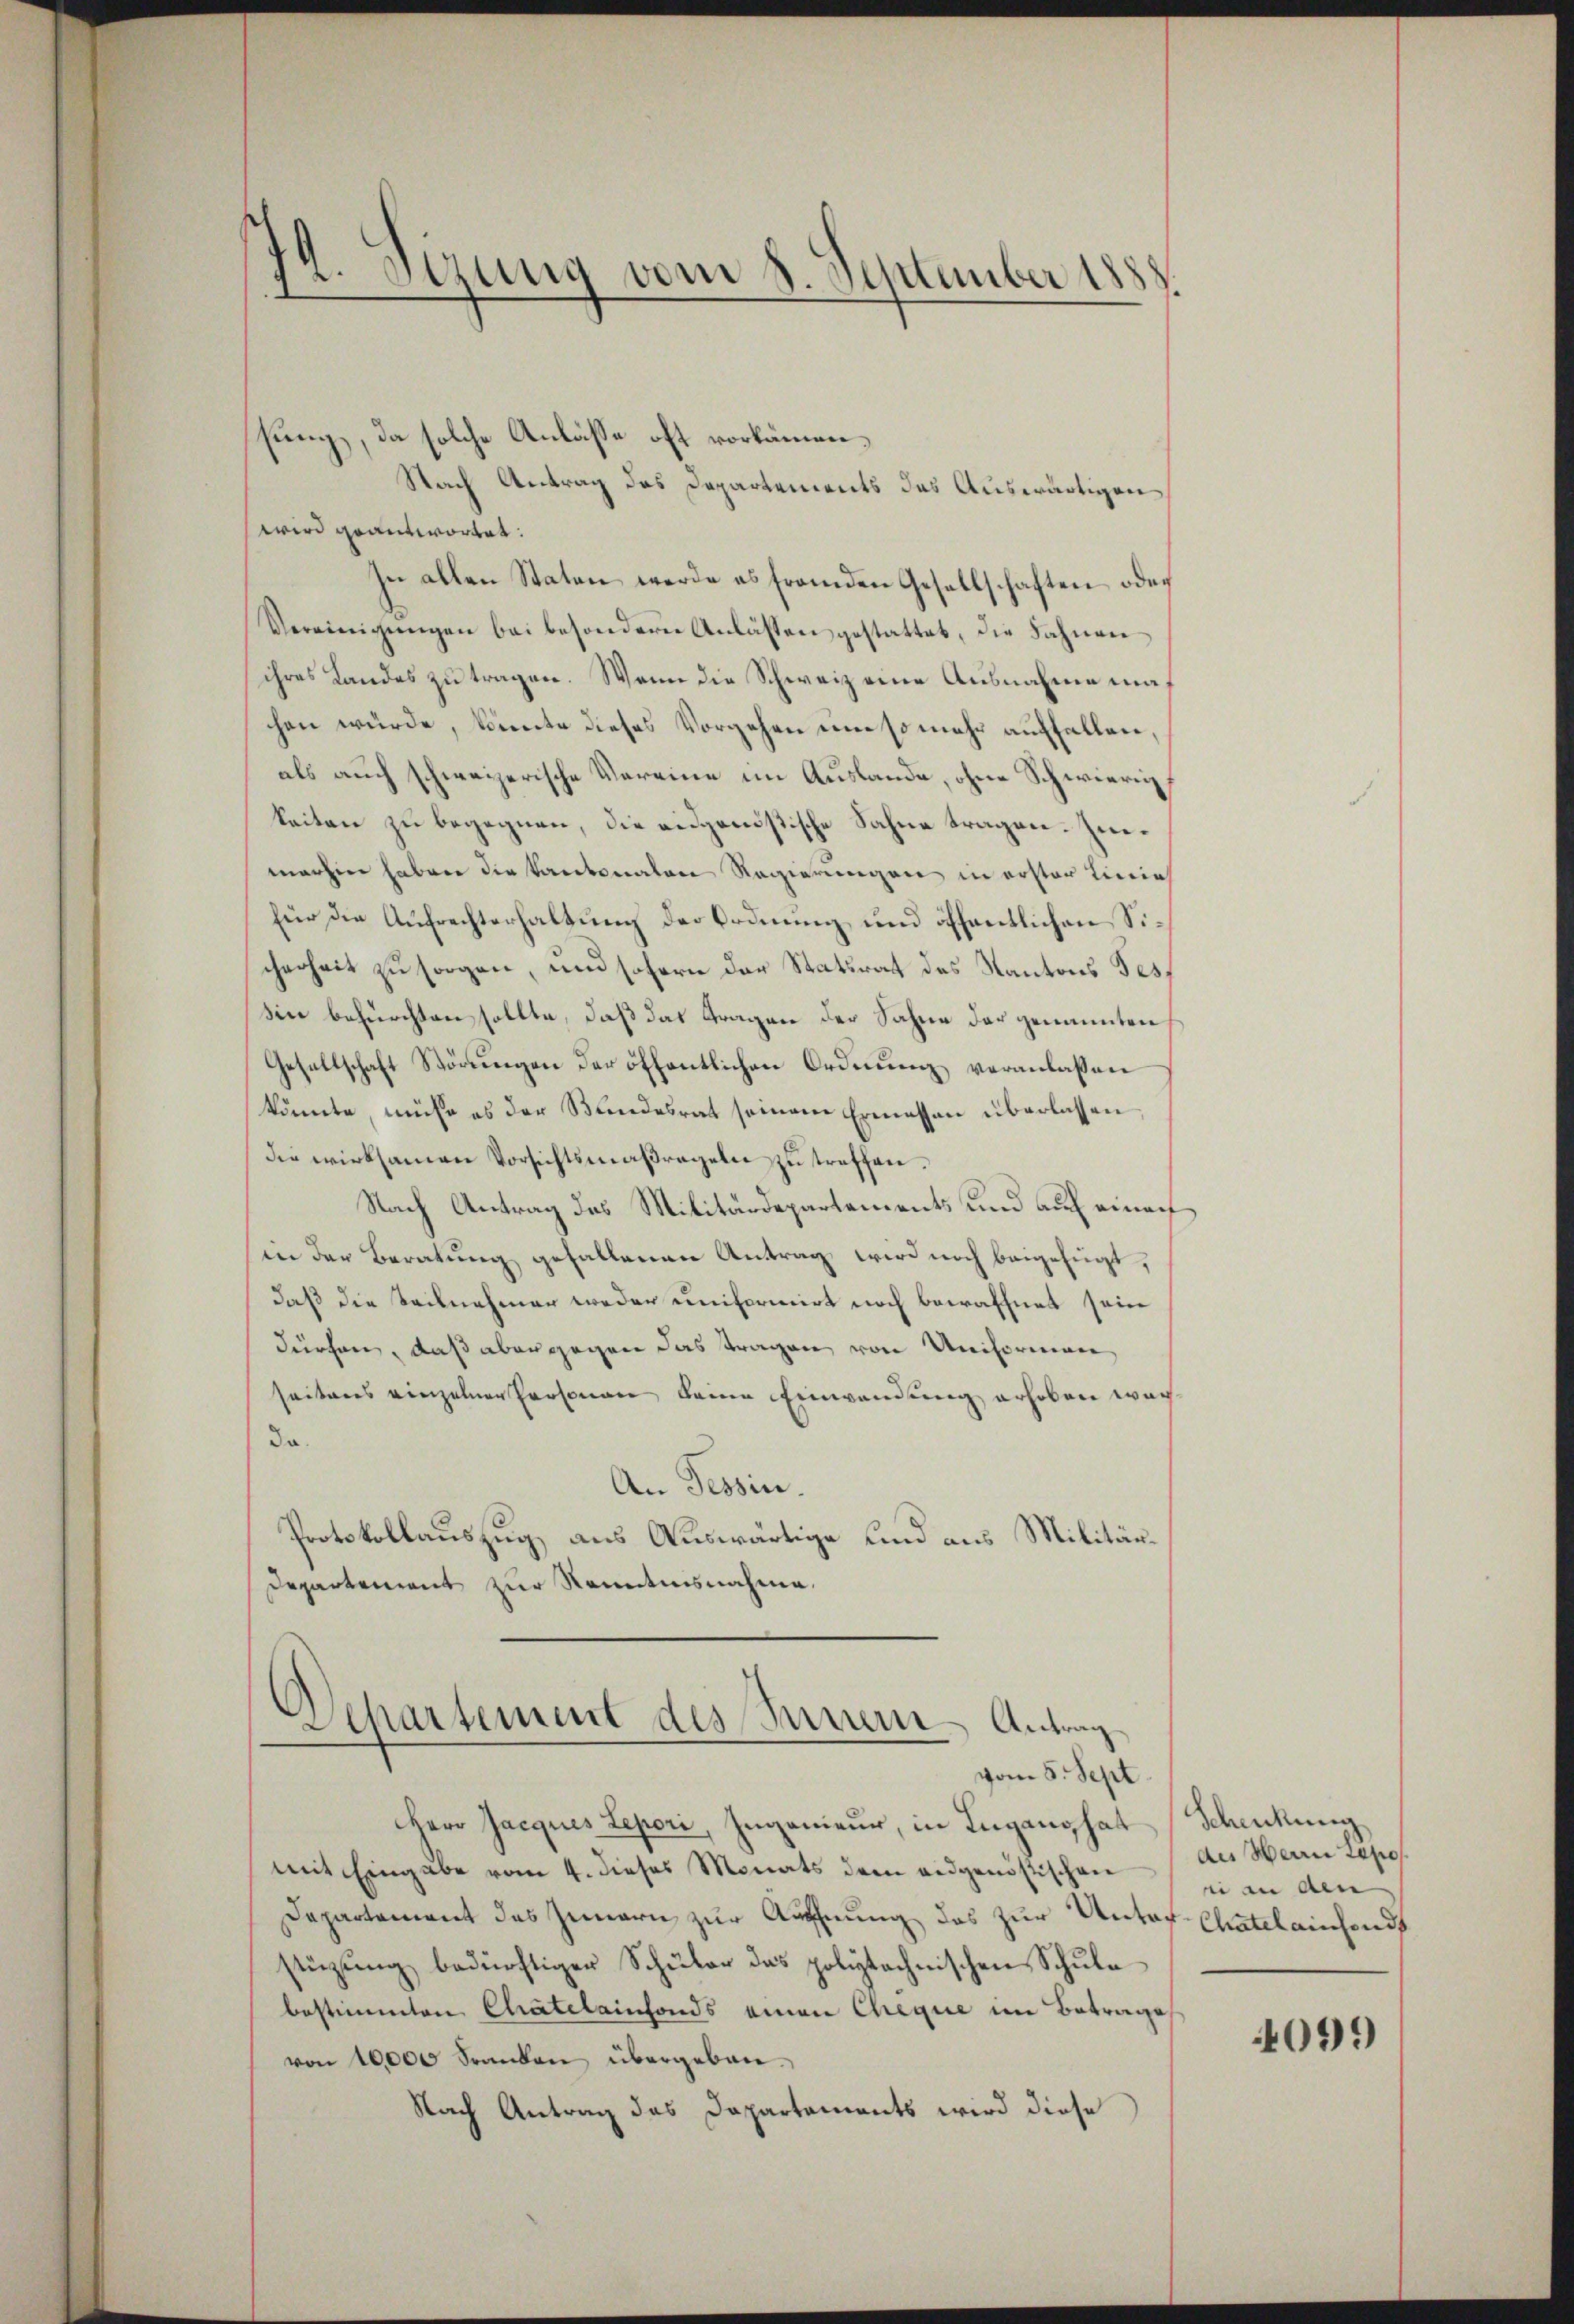
t.Sizung vom 8. September 1888

sung, da solche Anlasse oft vorkämen¬
Nach Antrag des Departements das Auswärtigen
wird geantwortet:
In allen Staten werde es fremden Gesellschaften oder
Vereinigŭngen bei besondere Anlassen gestattet, die Fahnen
ihres Landes zu tragen. Wenn die Schweiz eine Ausnahme mahen wurde, könnte dieses Vorgehen um so mehr auffallen,
als auch schweizerische Vereine im Auslande, ohne Schwierigkeiten zu begegnen, die eidgenößische Sahne tragen. Immarhin haben die kantonalen Regierungen in erster Linie
für die Aufrechterhaltung der Ordnung, und öffentlichen Sicherheit zu sorgen, und sofern der Statsrat des Kantons Tes
sin befürchten sollte, daß das Fragen der Sahne der genannten
Gesellschaft Störŭngen der öffentlichen Ordnung veranlaßen
könnte, müße es der Kindesrat seinem Ermessen überlassen
die wirksamen Vorsichtsmaßregeln zu treffen.
Nach Antrag des Militärdepartements und auf einauf
in der Beratung gefallenen Antrag wird noch beigefügt,
daß die Teilnehmer weder uniformirt noch bewaffnet sein
dürchen, daß aber gegen das tragen von Uniformen
seiteres einzelnen Personen, keine Einwendung erhoben werda.
An Tessin.
Protokollauszug aus Auswärtige und aus Militär¬
Departement zur Kenntnisnahme.

Departement des Innern Antrag
vom 5. Sept.

Herr Jacques Lepori, Ingenieur, in Lugang hat (Schenkung
mit Eingabe vom 4. dieses Monats dem eidgenössischen
Departement des Innern zur Äufnung des zur Unterstüzŭng bedürftiger Schüler das polytechnischen Schŭle
bestimmten Chatelainfonds einen Cheque im Betrage
von 10000 Franken übergeben.
Nach Antrag das Dapartements wird diese

des Herrn Japos
ei an ain
Chatel ainsond
4099